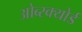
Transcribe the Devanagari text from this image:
ओब्स्क्योर्ड